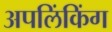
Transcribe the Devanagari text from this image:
अपलिंकिंग